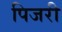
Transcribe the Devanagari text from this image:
पिजरी